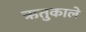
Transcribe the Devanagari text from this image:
ऋतुकाले